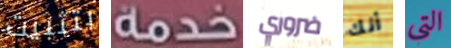
بتثبيت خدمة ضروري أنك التي